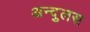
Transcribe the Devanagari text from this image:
अन्दुलस